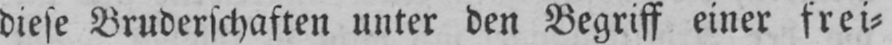
diese Bruderschaften unter den Begriff einer frei⸗